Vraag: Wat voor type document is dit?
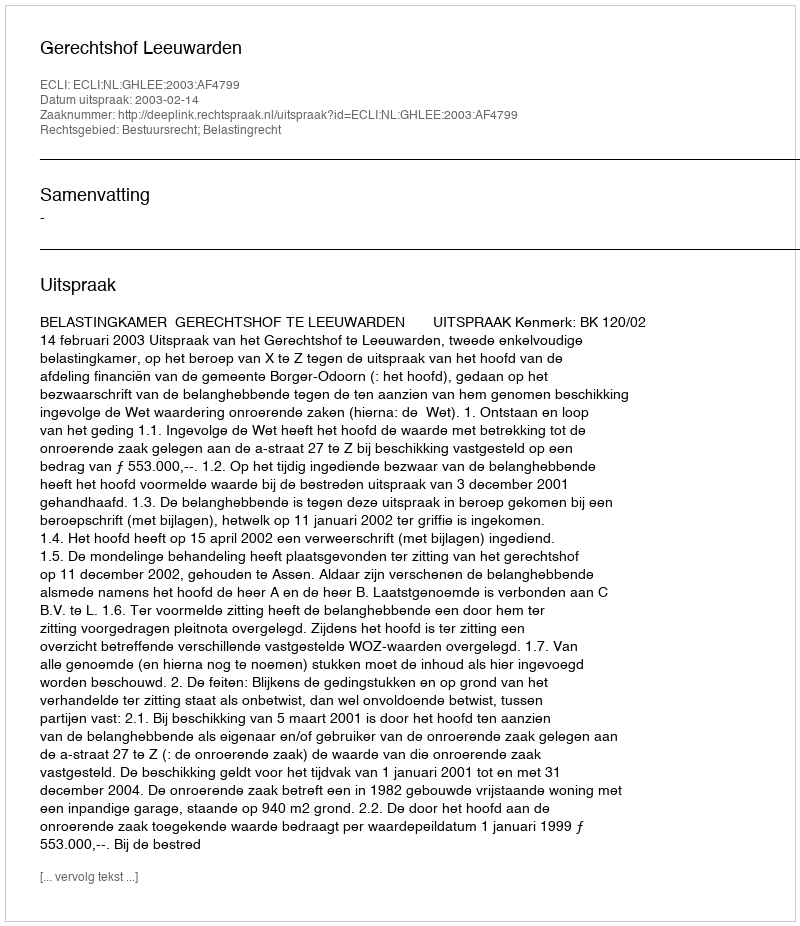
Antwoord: Uitspraak